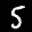
Label: 5